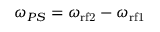
\omega _ { P S } = \omega _ { \mathrm { { r f } 2 } } - \omega _ { \mathrm { { r f } 1 } }